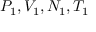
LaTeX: P _ { 1 } , V _ { 1 } , N _ { 1 } , T _ { 1 }